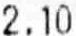
2.10